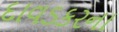
દાવડકરના